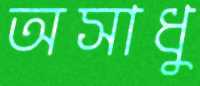
অসাধু